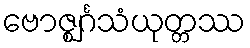
ဗောဇ္ဈင်္ဂသံယုတ္တဿ